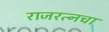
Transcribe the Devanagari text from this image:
राजरत्‍नचा